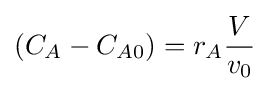
(C_{A}-C_{A0})=r_{A}{\frac {V}{v_{0}}}